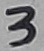
Text: 3